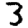
Digit: 3